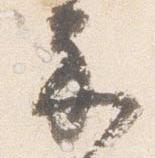
示